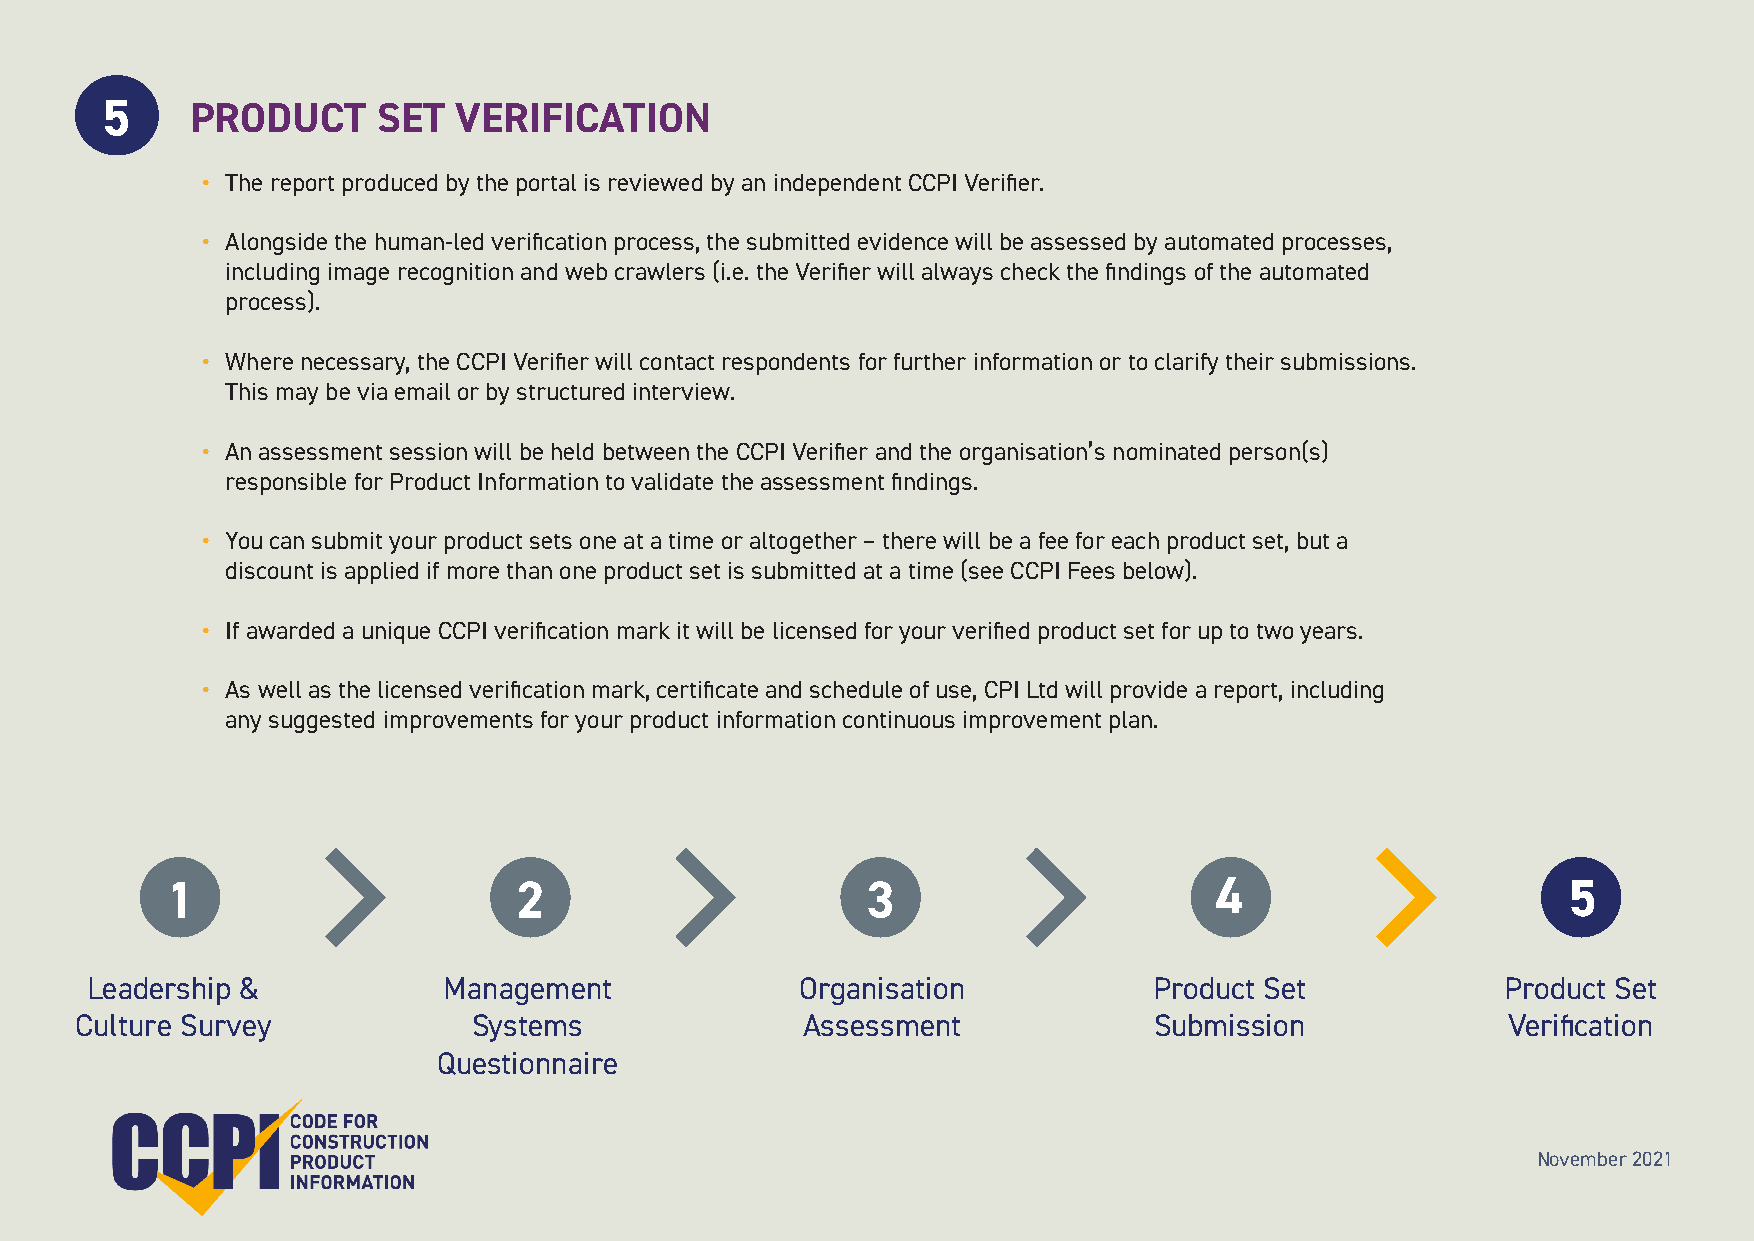
5     PRODUCT     SET  VERIFICATION
 • The report produced by the portal is reviewed by an independent CCPI Verifier.
 • Alongside the human-led verification process, the submitted evidence will be assessed by automated processes,
 including image recognition and web crawlers (i.e. the Verifier will always check the findings of the automated
 process).
 • Where necessary, the CCPI Verifier will contact respondents for further information or to clarify their submissions.
 This may be via email or by structured interview.
 • An assessment session will be held between the CCPI Verifier and the organisation’s nominated person(s)
 responsible for Product Information to validate the assessment findings.
 • You can submit your product sets one at a time or altogether – there will be a fee for each product set, but a
 discount is applied if more than one product set is submitted at a time (see CCPI Fees below).
 • If awarded a unique CCPI verification mark it will be licensed for your verified product set for up to two years.
 • As well as the licensed verification mark, certificate and schedule of use, CPI Ltd will provide a report, including
 any suggested improvements for your product information continuous improvement plan.
 1                      2                      3                      4                       5
 Leadership &           Management              Organisation           Product Set             Product Set
 Culture Survey            Systems               Assessment             Submission              Verification
 Questionnaire
 November 2021